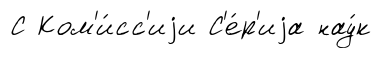
С Ком'и́сс'иjи С'е́р'иjа нау́к